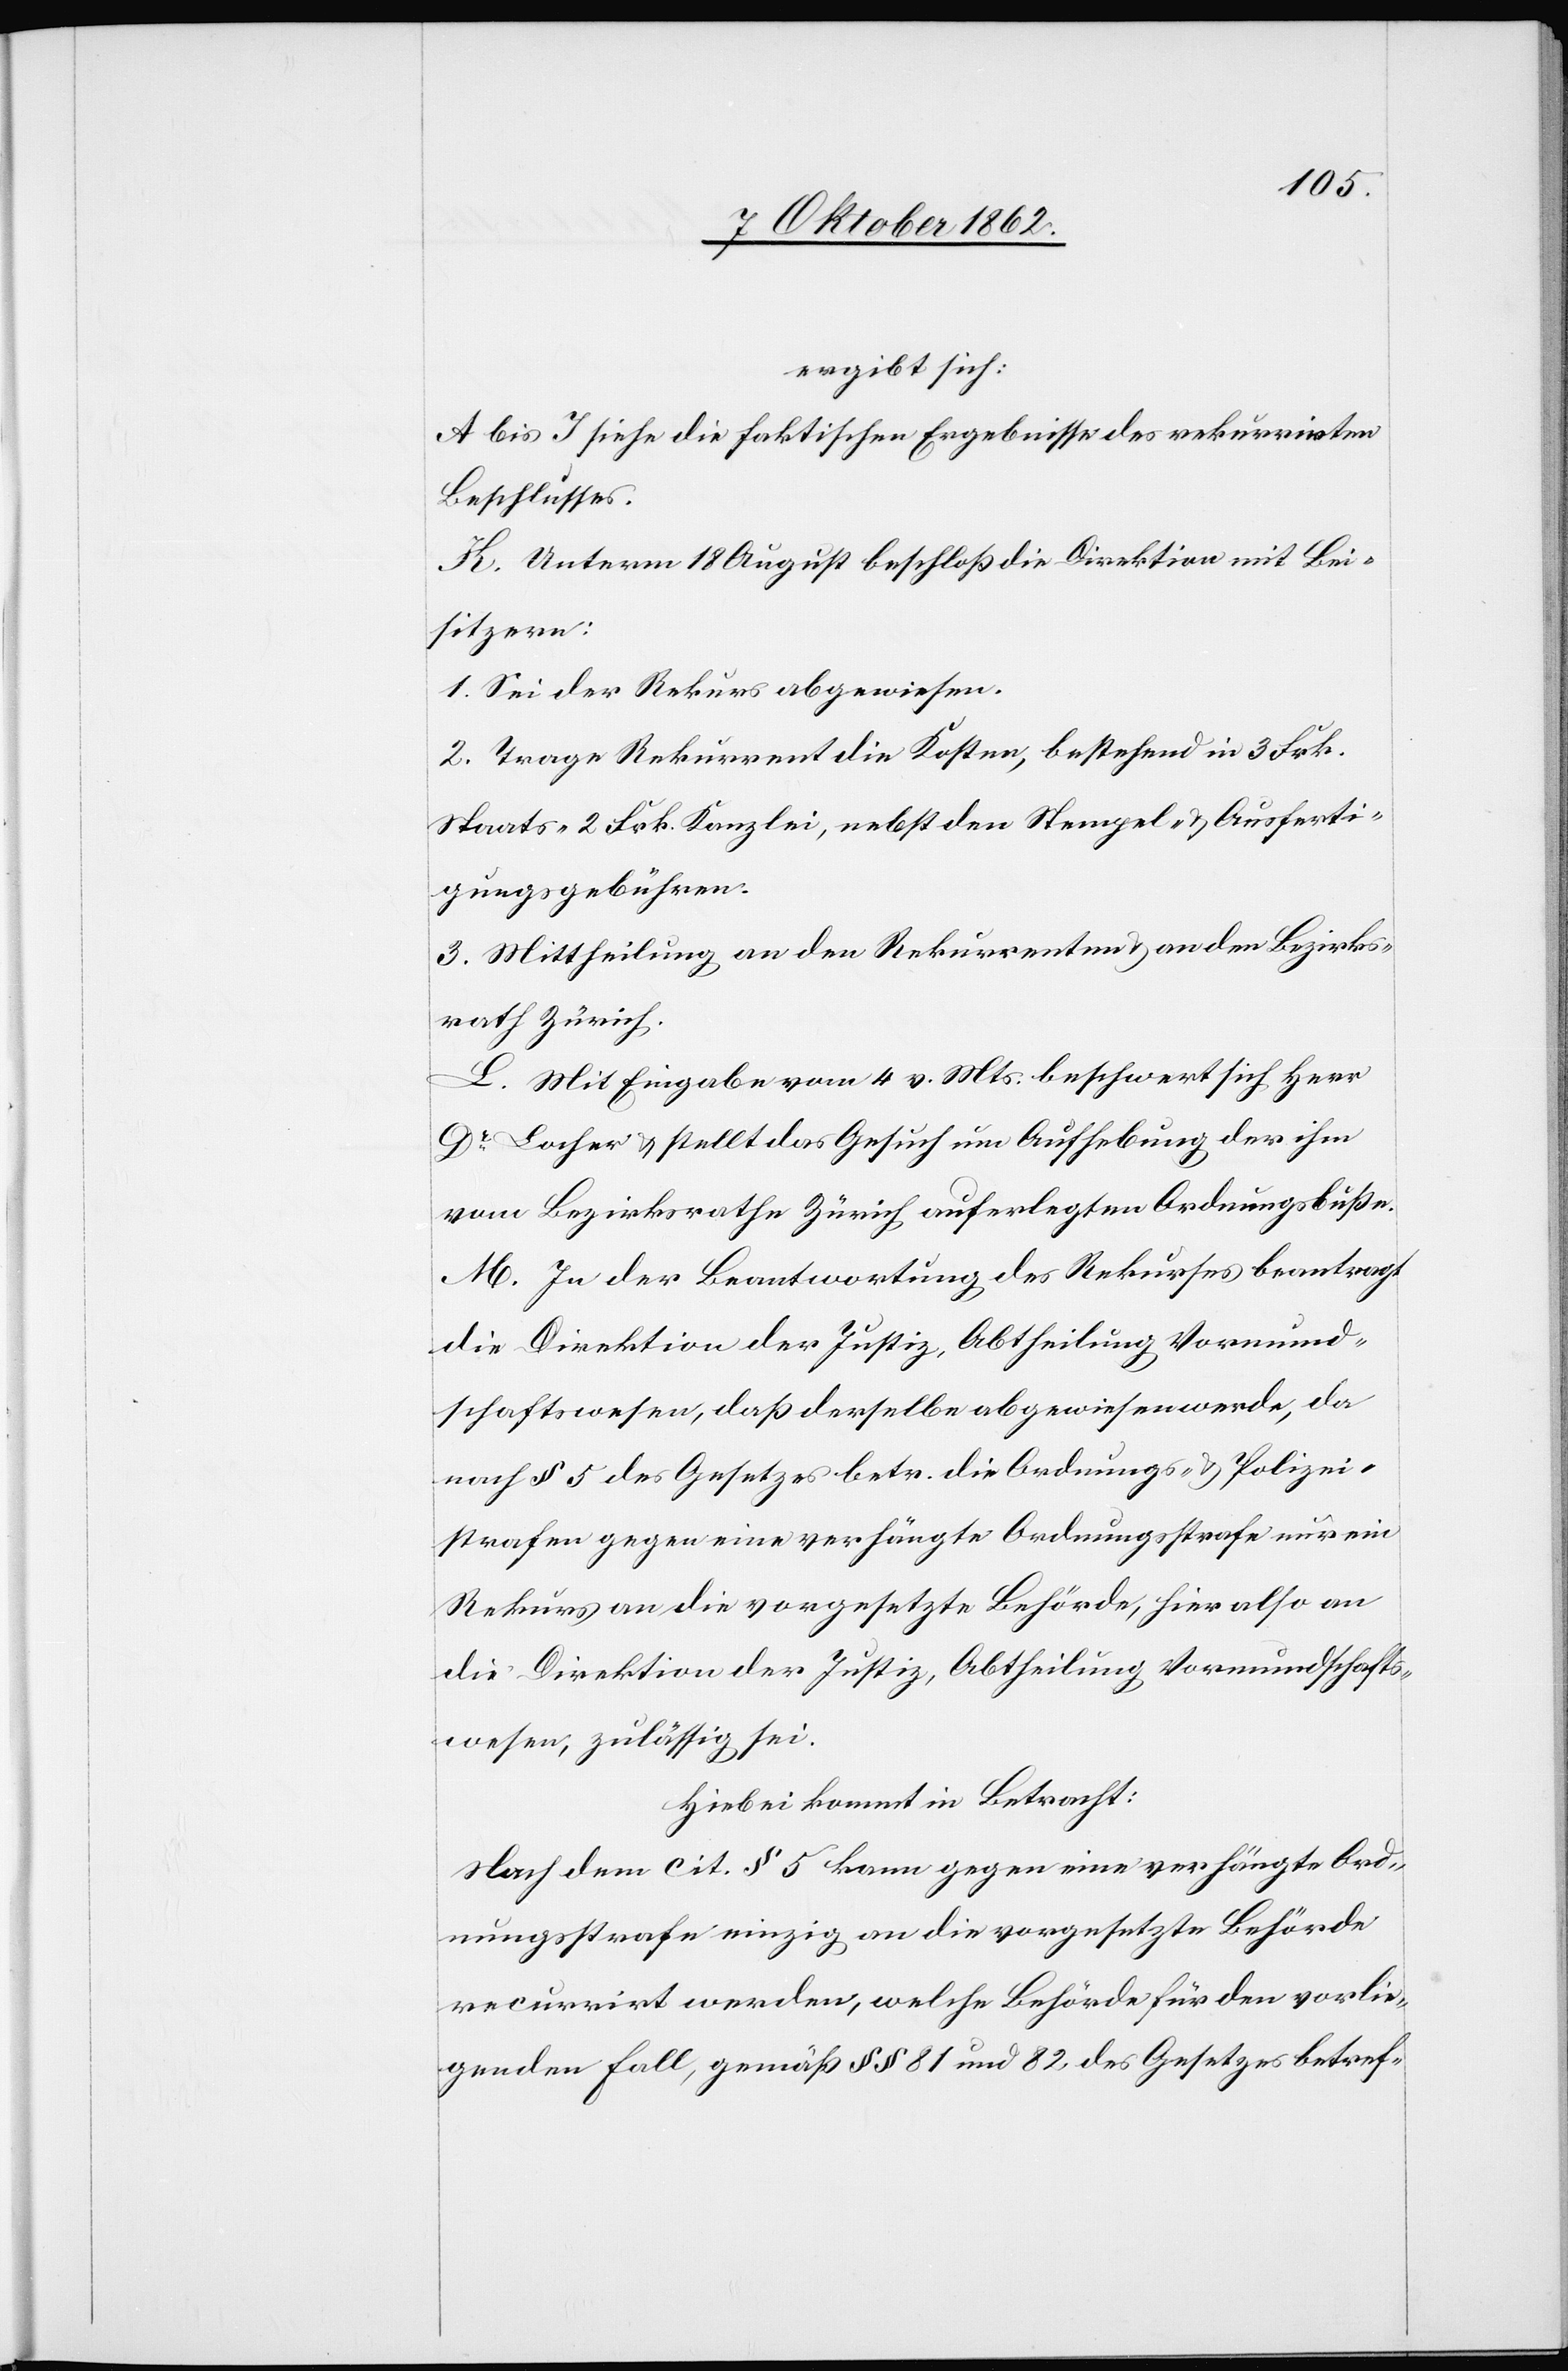
ergibt sich:
A bis I siehe die faktischen Ergebnisse des rekurrirten
Beschlusses.
K. Unterm 18. August beschloß die Direktion der Bei¬
sitzern:
1. Sei der Rekurs abgewiesen.
2. Trage Rekurrent die Kosten, bestehend in 3 Frk.
Staats-[,] 2 Frk. Kanzlei[-], nebst den Stempel- u. Ausferti¬
gungsgebühren.
3. Mittheilung an den Rekurrenten u. an den Bezirks¬
rath Zürich.
L. Mit Eingabe vom 4. v. Mts. beschwert sich Herr
Dr. Locher u. stellt das Gesuch um Aufhebung der ihm
vom Bezirksrathe Zürich auferlegten Ordnungsbuße.
M. In der Beantwortung des Rekurses beantragt
die Direktion der Justiz, Abtheilung Vormund¬
schaftswesen, daß derselbe abgewiesen werde, da
nach § 5 des Gesetzes betr. die Ordnungs- u. Polizei¬
strafen gegen eine verhängte Ordnungsstrafe nur ein
Rekurs an die vorgesetzte Behörde, hier also an
die Direktion der Justiz, Abtheilung Vormundschafts¬
wesen, zulässig sei.
Hiebei kommt in Betracht:
Nach dem cit. § 5 kann gegen eine verhängte Ord¬
nungsstrafe einzig an die vorgesetzte Behörde
recurrirt werde, welche Behörde für den vorlie¬
genden Fall, gemäß §§ 81 und 82 des Gesetzes betref-